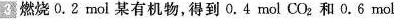
3燃烧0.2mol某有机物，得到0.4mol CO_{2}和0.6mol